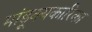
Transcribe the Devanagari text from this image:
मांडूक्यकारिका